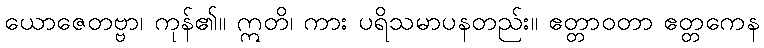
ယောဇေတဗ္ဗာ၊ ကုန်၏။ ဣတိ၊ ကား ပရိသမာပနတည်း။ ဧတ္တာဝတာ ဧတ္တကေန